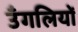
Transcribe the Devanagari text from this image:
उँगलियोँ